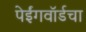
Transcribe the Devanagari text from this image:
पेईंगवॉर्डचा